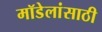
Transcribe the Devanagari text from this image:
मॉडेलांसाठी